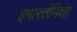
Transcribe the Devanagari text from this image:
इमारतींपेक्षा